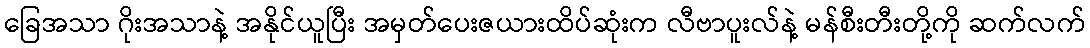
ခြေအသာ ဂိုးအသာနဲ့ အနိုင်ယူပြီး အမှတ်ပေးဇယားထိပ်ဆုံးက လီဗာပူးလ်နဲ့ မန်စီးတီးတို့ကို ဆက်လက်